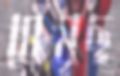
ঘেঁষছ